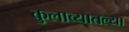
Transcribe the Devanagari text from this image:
कुलाब्यातल्या